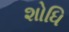
શોધિ